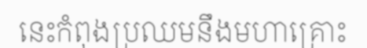
នេះកំពុងប្រឈមនឹងមហាគ្រោះ